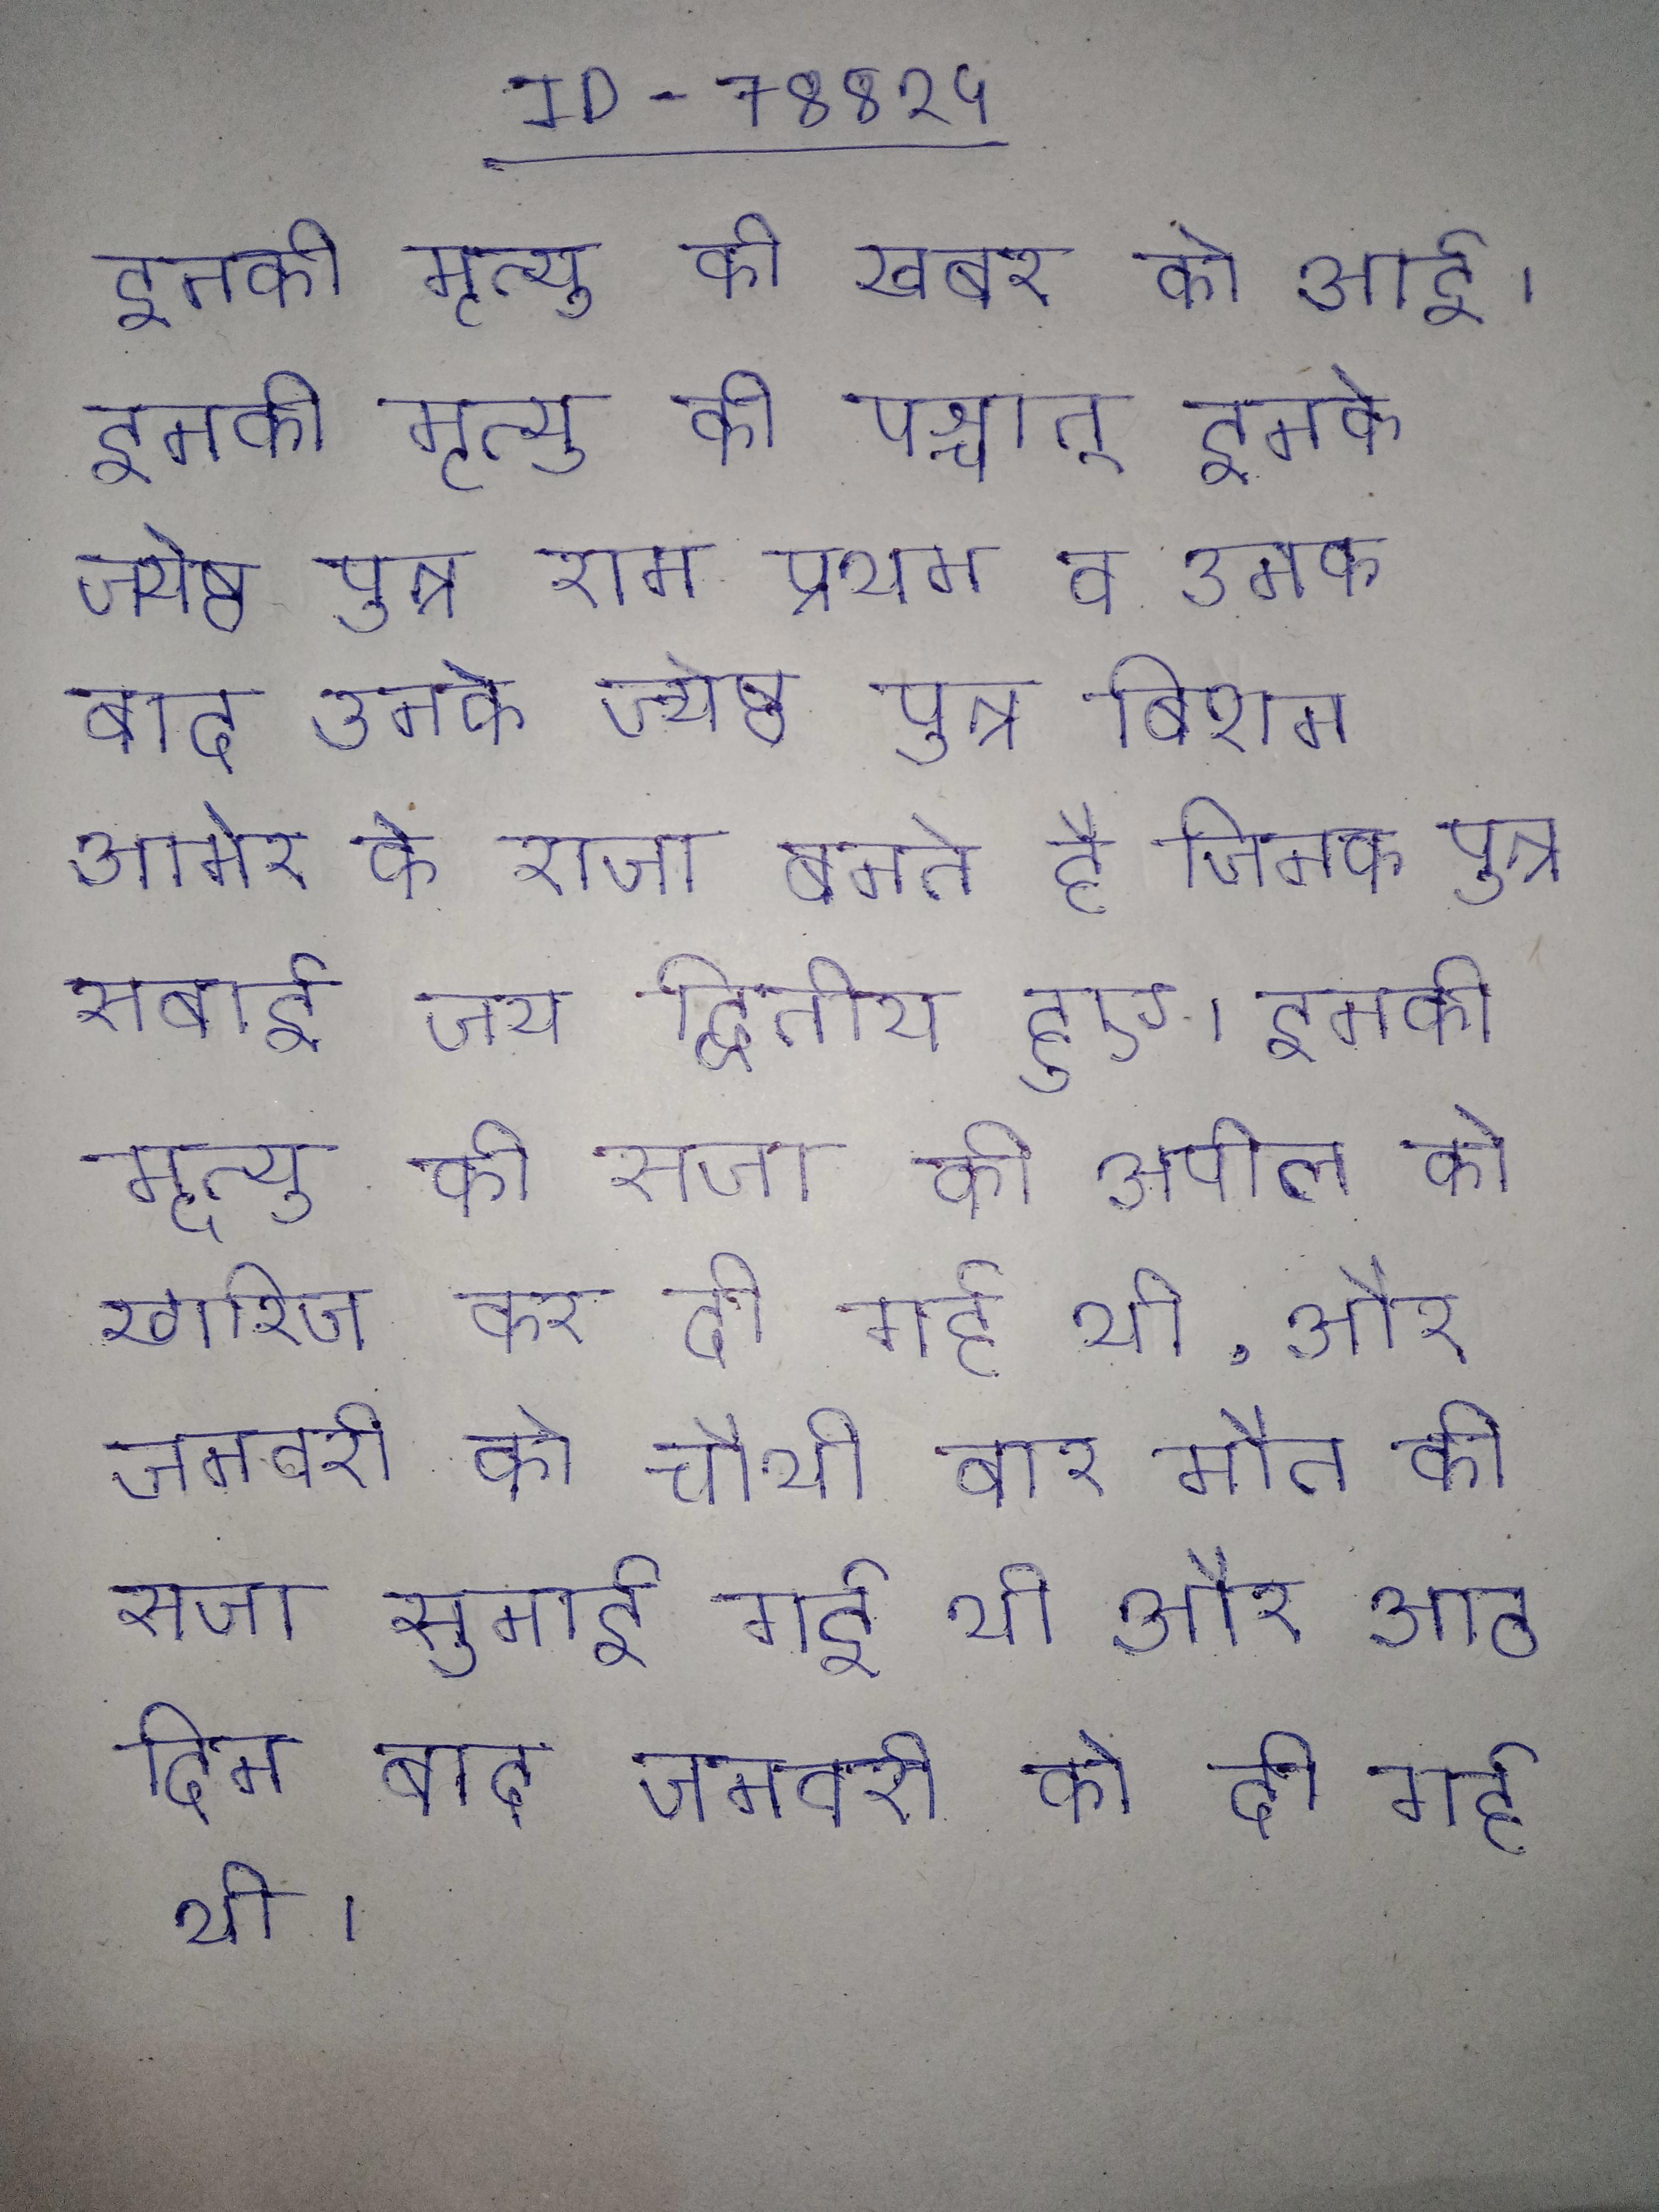
इनकी मृत्यु की खबर को आई । इनकी मृत्यु की पश्चात् इनके ज्येष्ठ पुत्र राम प्रथम व उनके बाद उनके ज्येष्ठ पुत्र बिशन आमेर के राजा बनते है जिनके पुत्र सवाई जय द्वितीय हुए । इनकी मृत्यु की सजा की अपील को खारिज कर दी गई थी, और जनवरी को चौथी बार मौत की सजा सुनाई गई थी और आठ दिन बाद जनवरी को दी गई थी ।